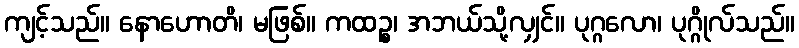
ကျင့်သည်။ နောဟောတိ၊ မဖြစ်။ ကထဉ္စ၊ အဘယ်သို့လျှင်။ ပုဂ္ဂလော၊ ပုဂ္ဂိုလ်သည်။